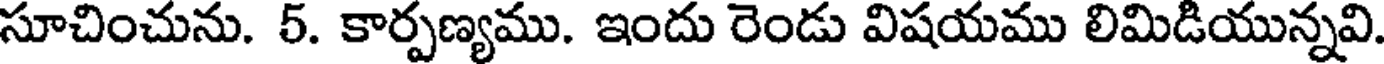
సూచించును. 5. కార్పణ్యము. ఇందు రెండు విషయము లిమిడియున్నవి.